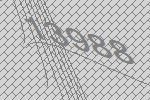
13988